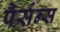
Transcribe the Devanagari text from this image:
पैर्सन्स